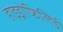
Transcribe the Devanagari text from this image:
हाइड्रोफिलिडी